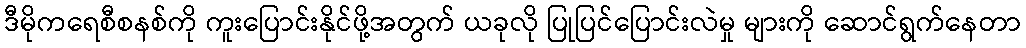
ဒီမိုကရေစီစနစ်ကို ကူးပြောင်းနိုင်ဖို့အတွက် ယခုလို ပြုပြင်ပြောင်းလဲမှု များကို ဆောင်ရွက်နေတာ